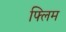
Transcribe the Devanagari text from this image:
फ्लिम